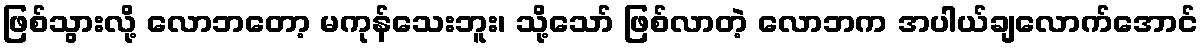
ဖြစ်သွားလို့ လောဘတော့ မကုန်သေးဘူး၊ သို့သော် ဖြစ်လာတဲ့ လောဘက အပါယ်ချလောက်အောင်